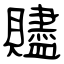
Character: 贐